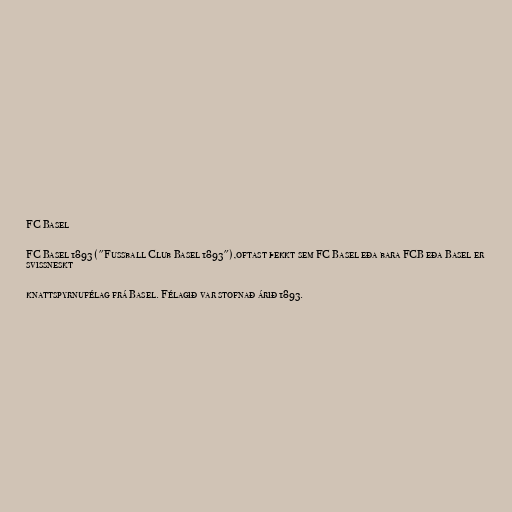
FC Basel

FC Basel 1893 ("Fussball Club Basel 1893"),oftast þekkt sem FC Basel eða bara FCB eða Basel er
svissneskt

knattspyrnufélag frá Basel. Félagið var stofnað árið 1893.